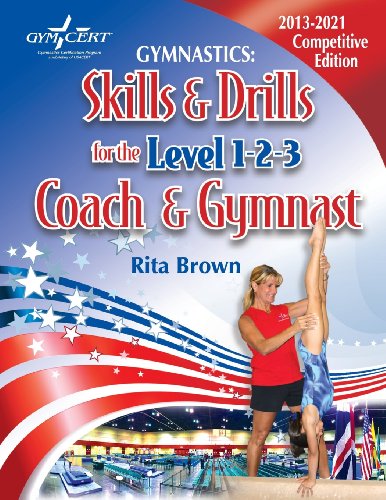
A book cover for Gymnastics: Skills & Drills for the Level 1, 2 & 3 Coach & Gymnast; Rita Brown; Sports & Outdoors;